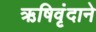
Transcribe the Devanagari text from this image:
ऋषिवृंदाने